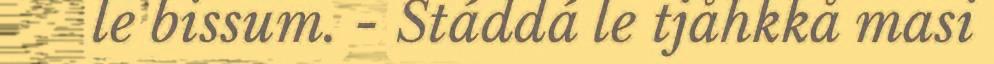
le bissum. - Stáddá le tjåhkkå masi